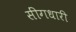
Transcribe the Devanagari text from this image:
सींगधारी